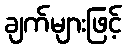
ချက်များဖြင့်